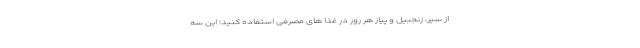
از سیر، زنجبیل و پیاز هر روز در غذا های مصرفی استفاده کنید؛ این سه